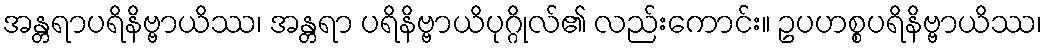
အန္တရာပရိနိဗ္ဗာယိဿ၊ အန္တရာ ပရိနိဗ္ဗာယိပုဂ္ဂိုလ်၏ လည်းကောင်း။ ဥပဟစ္စပရိနိဗ္ဗာယိဿ၊